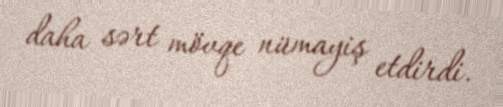
daha sərt mövqe nümayiş etdirdi.